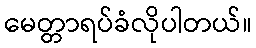
မေတ္တာရပ်ခံလိုပါတယ်။